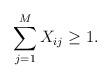
LaTeX: \begin{align*}\sum_{j=1}^M X_{ij} \geq 1.\end{align*}